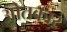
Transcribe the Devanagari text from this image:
ओतकार